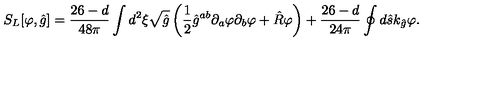
{ S _ { L } } [ \varphi , \hat { g } ] = { \frac { 2 6 - d } { 4 8 \pi } } \int { d ^ { 2 } } \xi \sqrt { \hat { g } } \left( { \frac { 1 } { 2 } } { \hat { g } ^ { a b } } { \partial _ { a } } \varphi { \partial _ { b } } \varphi + \hat { R } \varphi \right) + { \frac { 2 6 - d } { 2 4 \pi } } \oint { d } \hat { s } { k _ { \hat { g } } } \varphi .